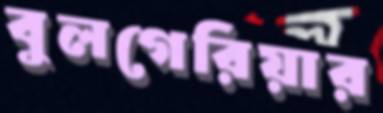
বুলগেরিয়ার